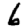
Digit: 6